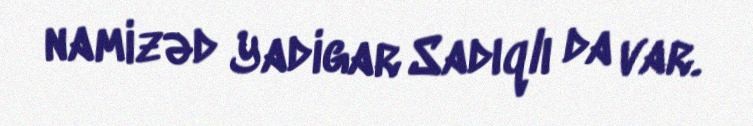
namizəd Yadigar Sadıqlı da var.